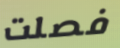
فصلت